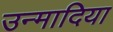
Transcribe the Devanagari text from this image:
उन्मादिया